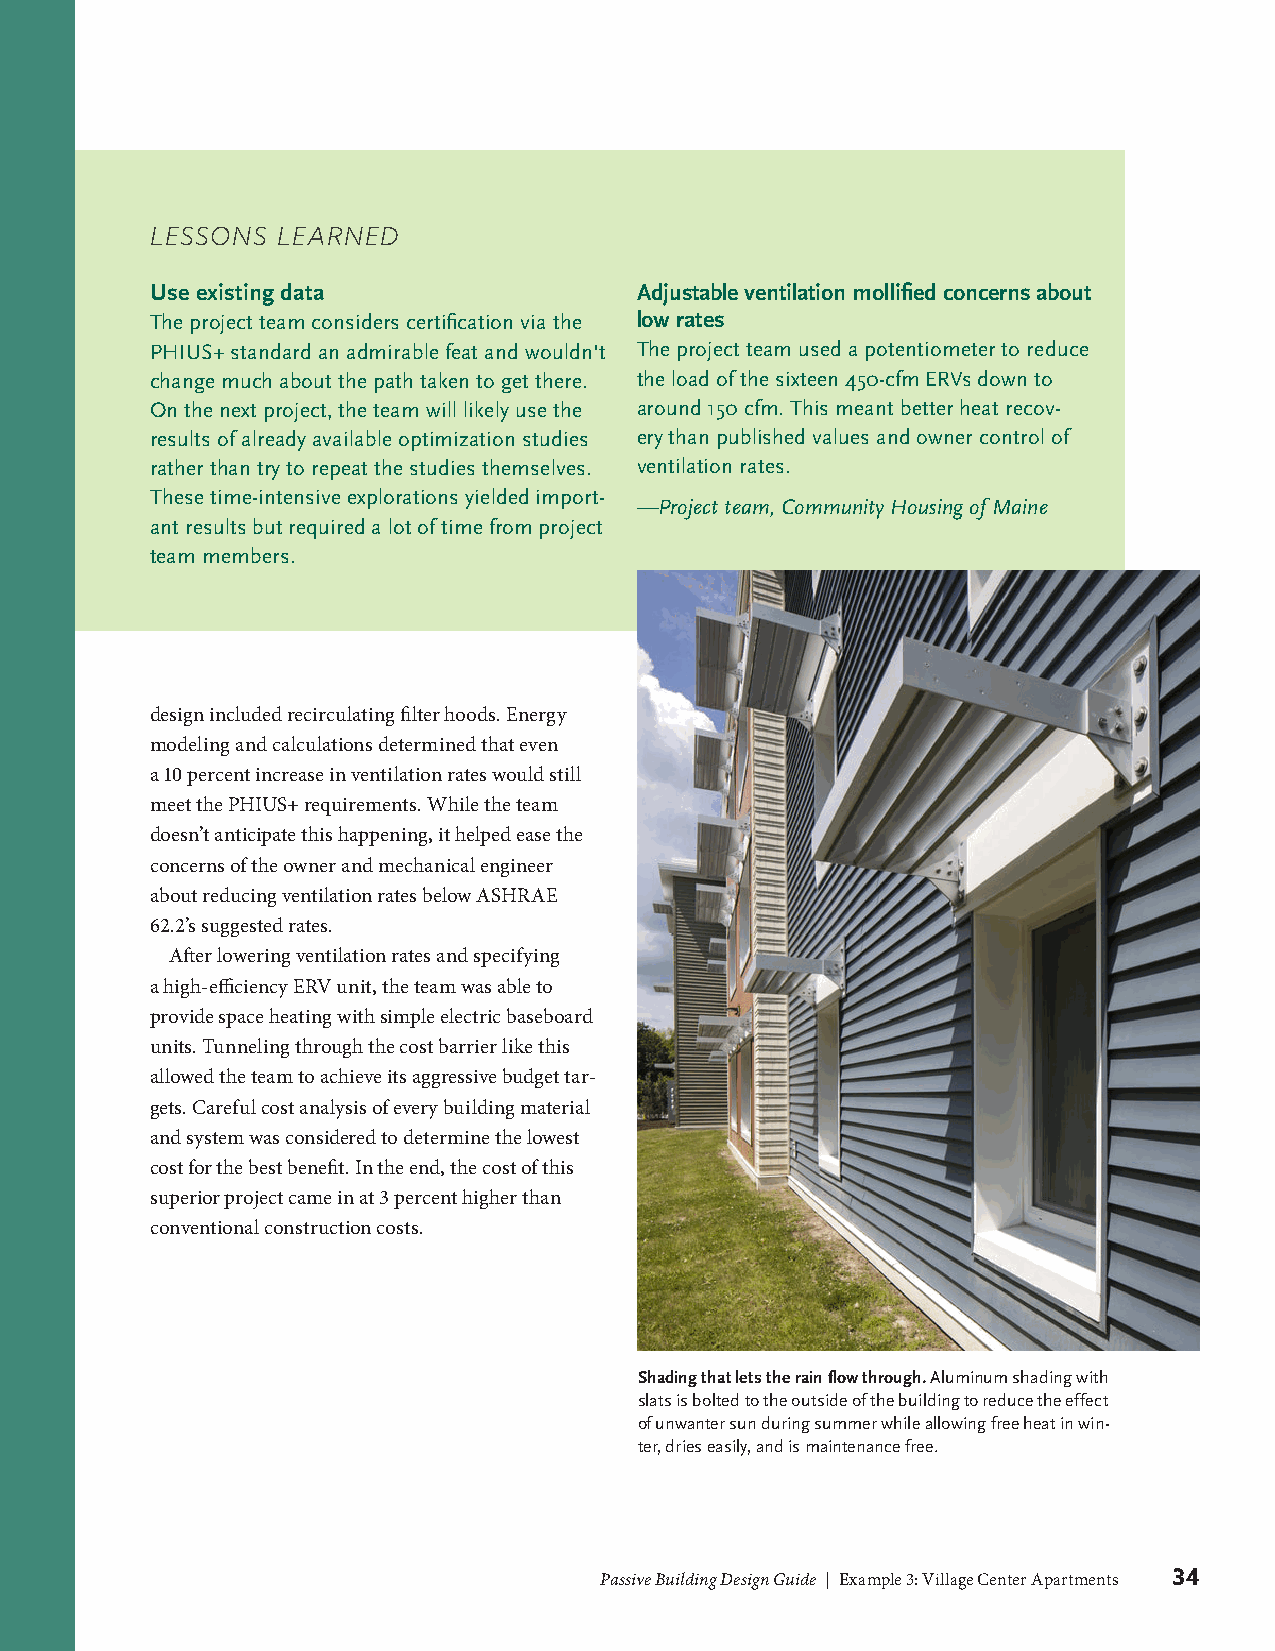
LESSONS LEARNED
 Use existing data               Adjustable ventilation mollified concerns about
 The project team considers certification via the low rates
 PHIUS+ standard an admirable feat and wouldn't The project team used a potentiometer to reduce
 change much about the path taken to get there. the load of the sixteen 450-cfm ERVs down to
 On the next project, the team will likely use the around 150 cfm. This meant better heat recov-
 results of already available optimization studies ery than published values and owner control of
 rather than try to repeat the studies themselves. ventilation rates.
 These time-intensive explorations yielded import-
 —Project team, Community Housing of Maine
 ant results but required a lot of time from project
 team members.
 design included recirculating filter hoods. Energy
 modeling and calculations determined that even
 a 10 percent increase in ventilation rates would still
 meet the PHIUS+ requirements. While the team
 doesn’t anticipate this happening, it helped ease the
 concerns of the owner and mechanical engineer
 about reducing ventilation rates below ASHRAE
 62.2’s suggested rates.
 After lowering ventilation rates and specifying
 a high-efficiency ERV unit, the team was able to
 provide space heating with simple electric baseboard
 units. Tunneling through the cost barrier like this
 allowed the team to achieve its aggressive budget tar-
 gets. Careful cost analysis of every building material
 and system was considered to determine the lowest
 cost for the best benefit. In the end, the cost of this
 superior project came in at 3 percent higher than
 conventional construction costs.
 Shading that lets the rain flow through. Aluminum shading with
 slats is bolted to the outside of the building to reduce the effect
 of unwanter sun during summer while allowing free heat in win-
 ter, dries easily, and is maintenance free.
 Passive Building Design Guide | Example 3: Village Center Apartments 34